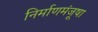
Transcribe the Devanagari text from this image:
निर्माणमंजूषा